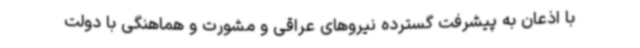
با اذعان به پیشرفت گسترده نیروهای عراقی و مشورت و هماهنگی با دولت